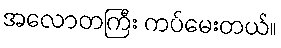
အလောတကြီး ကပ်မေးတယ်။